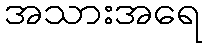
အသားအရေ